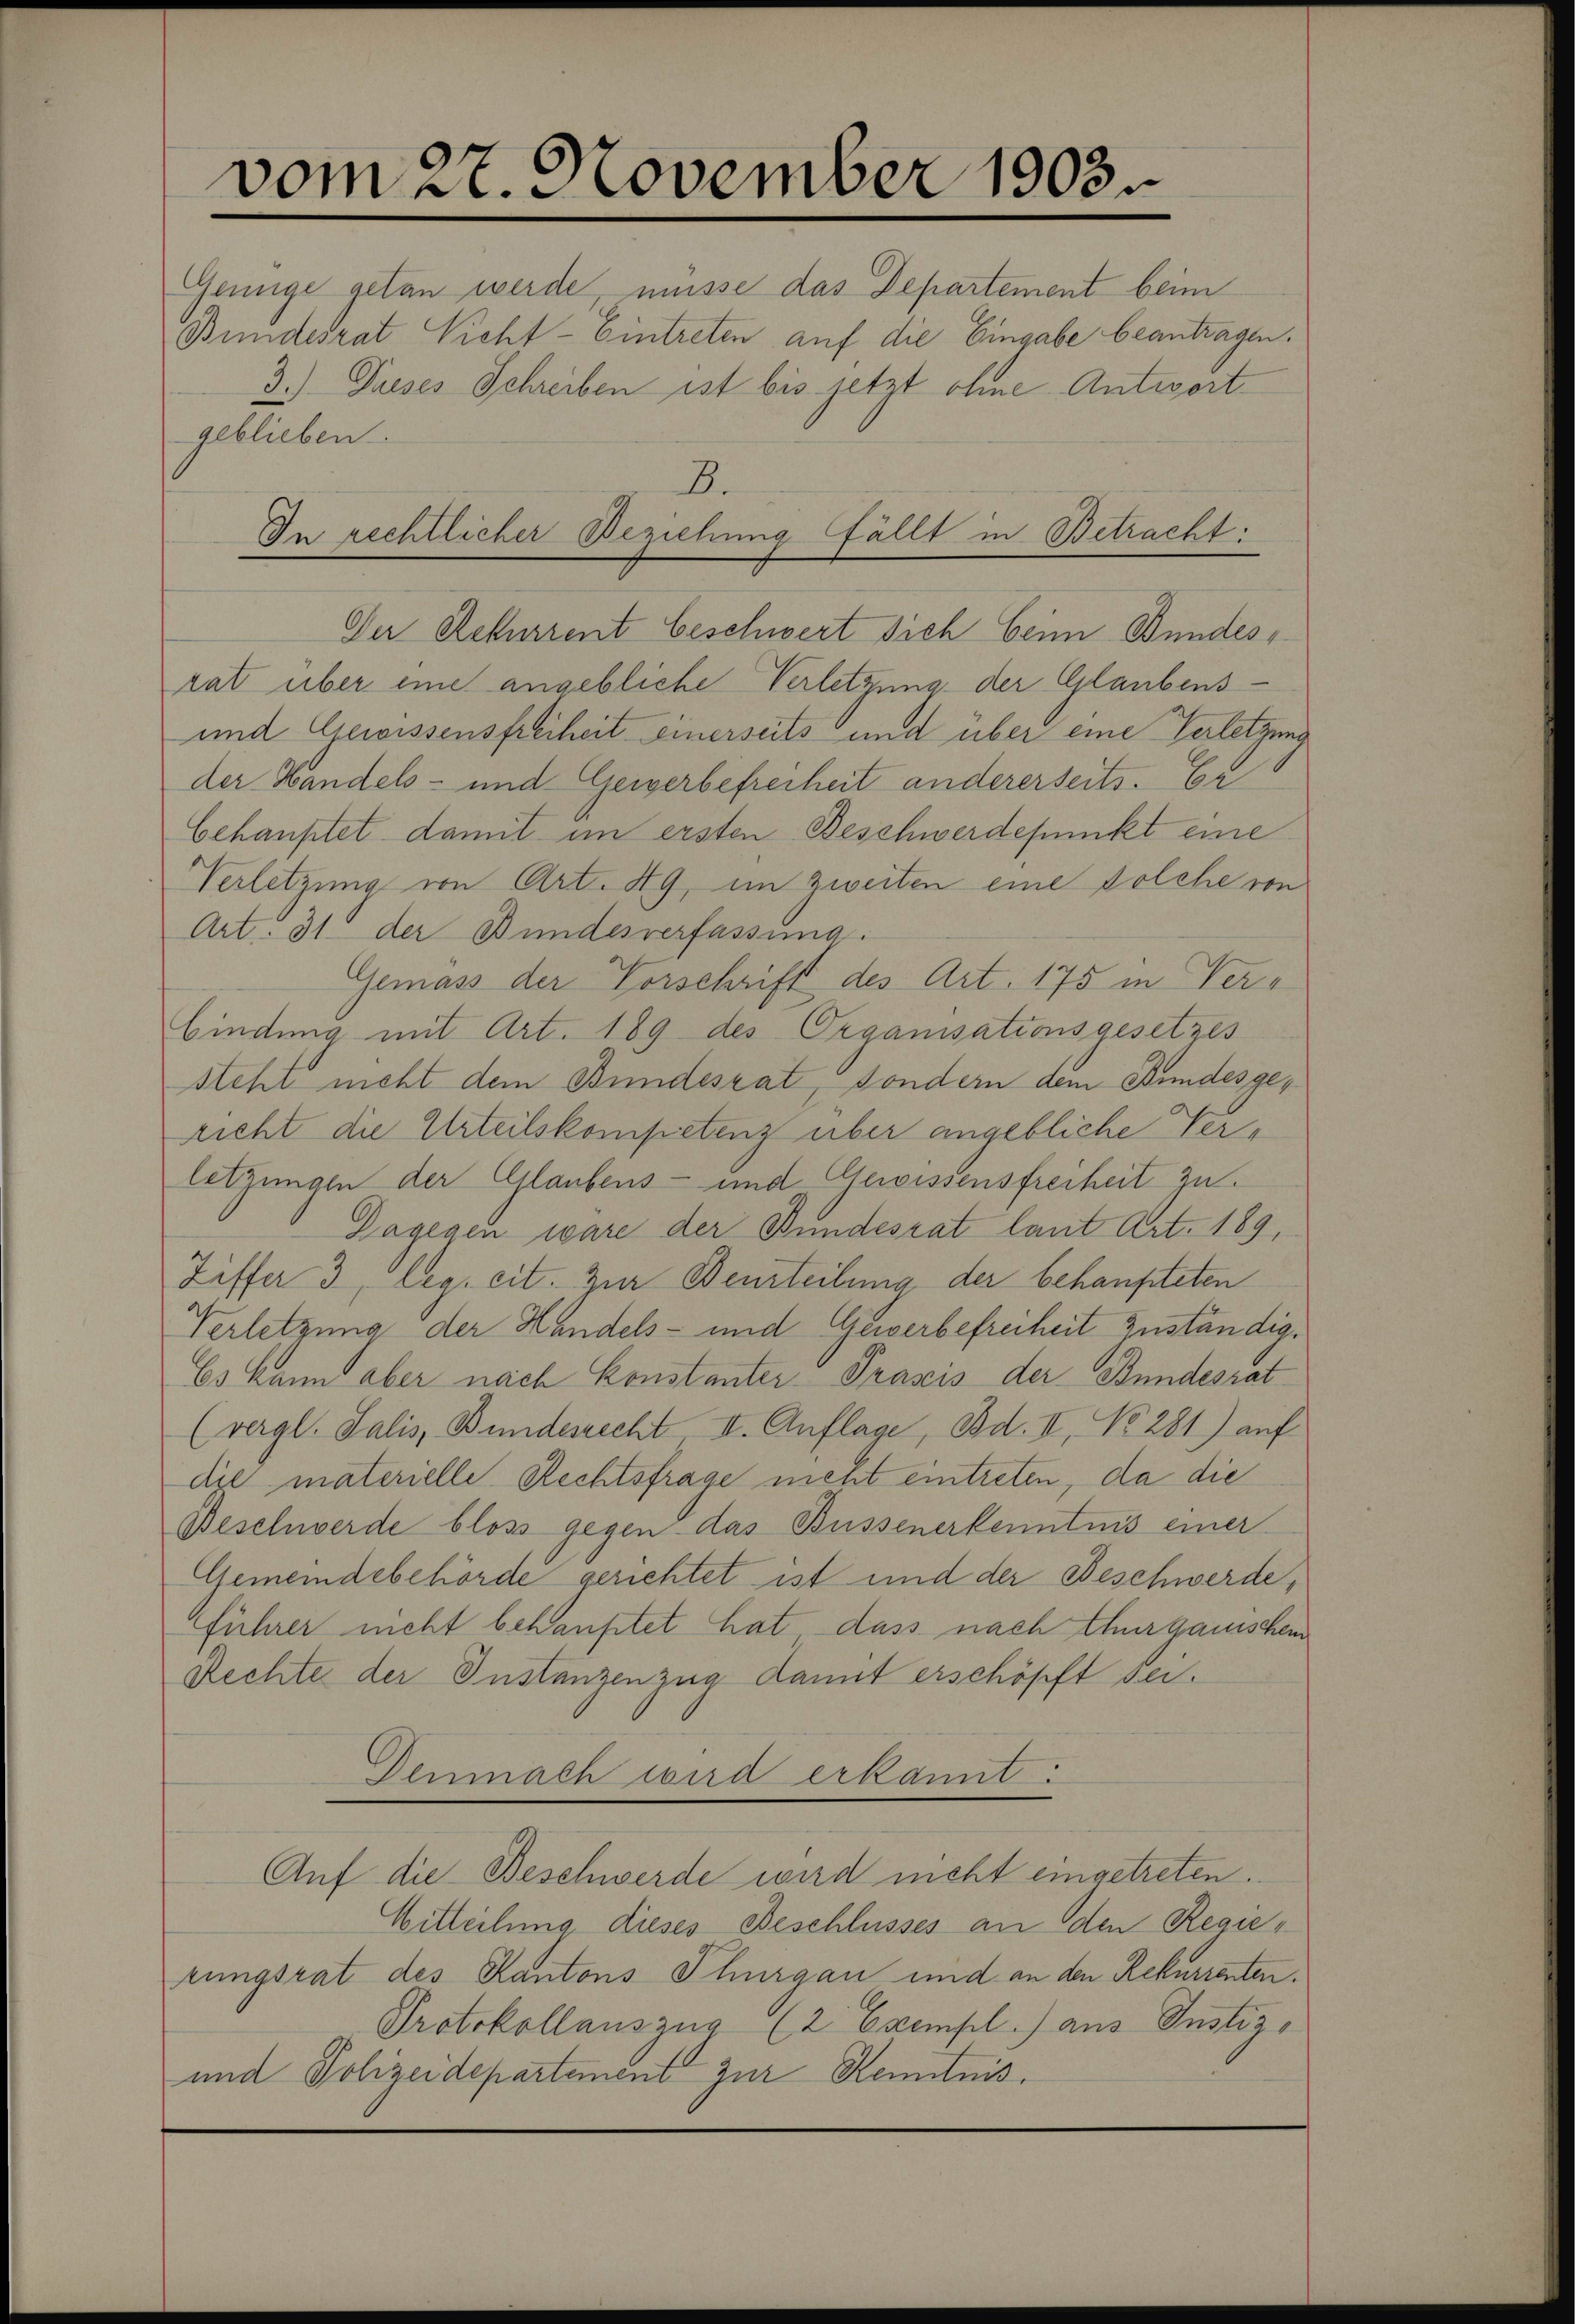
vom 27. November 1903.

Genüge getan werde, müsse das Departement beim
Bundesrat Nicht-Eintreten auf die Eingabe beantragen.
3.) Dieses Schreiben ist bis jetzt ohne Antwortgeblieben.
Der Rekurrent beschwert sich beim Bundesrat über eine angebliche Verletzung der Glaubens-
und Gewissensfreiheit einerseits und über eine Verletzung
der Handels- und Gewerbefreiheit andererseits. Er
behauptet damit im ersten Beschwerdefunckt eine
Verletzung von Art. 49, im zweiten eine solche von
Art. 31 der Bundesverfassung
Gemäss der Vorschrift des Art. 175 in Verbindung mit Art. 189 des Organisationsgesetzes
steht nicht dem Bundesrat, sondern dem Bundesgericht die Urteilskompetenz über angebliche Verletzungen der Glaubens- und Gewissensfreiheit zu.
Dagegen wäre der Bundesrat laut Art. 189,
Ziffer 3, leg. cit. Zur Beurteilung der behaupteten
Verletzung der Handels- und Gewerbefreiheit zuständig¬
Es kann aber nach Konstanter Prasis der Bundesrat
(vergl. Salis, Bundesrecht II. Auflage, Bd. II, No 281) auf
die materielle Rechtsfrage nicht eintreten, da die
Beschwerde bloss gegen das Bussenerkenntnis einer
Gemeindebehörde gerichtet ist und der Beschwerde,
führer nicht behauptet hat dass nach thurgauischein
Rechte der Instanzenzug damit erschöpft sei.
Demnach wird erkannt:
Auf die Beschwerde wird nicht eingetreten.
Witteilung dieses Beschlusses an den Regierungsrat des Kantons Thurgau und an den Rekurrenten.
Protokollauszug (2 Exempl. aus Justiz¬
und Polizeidepartement zur Kenntnis.

B.
In rechtlicher Beziehung fällt in Betracht: